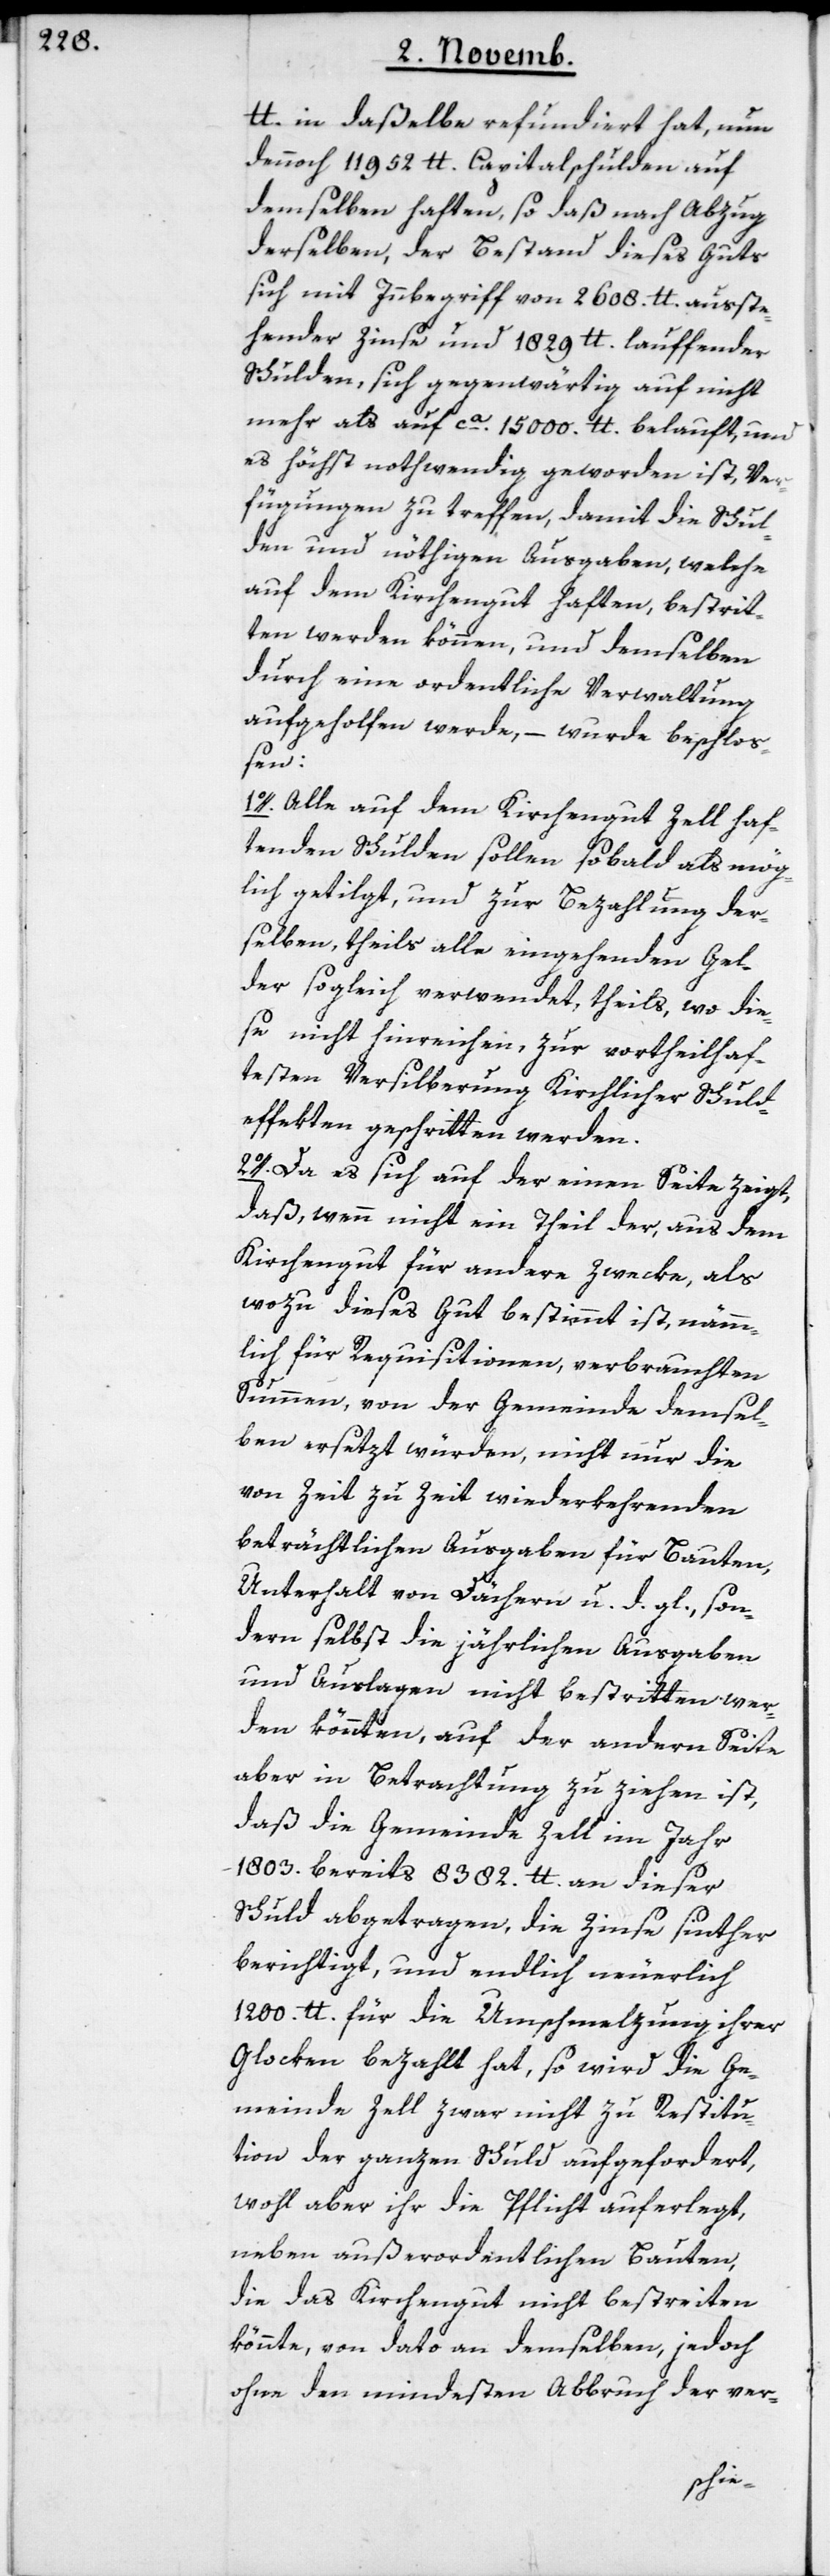
lb. in daßelbe refundiert hat, nun
dennoch 11952 lb. Capitalschulden auf
demselben haften, so daß nach Abzug
derselben, der Bestand dieses Guts
sich mit Innbegriff von 2608. lb. ausste¬
hender Zinse und 1829 lb. lauffender
Schulden, sich gegenwärtig auf nicht
mehr als auf ca. 15'000 lb. belauft, und
es höchst nothwendig geworden ist, Ver¬
fügungen zu treffen, damit die Schul¬
den und nöthigen Ausgaaben, welche
auf dem Kirchengut haften, bestrit¬
ten werden können, und demselben
durch eine ordentliche Verwaltung
aufgeholfen werde, – wurde beschloß¬
en:
1o. Alle auf dem Kirchengut Zell haf¬
tenden Schulden sollen sobald als mög¬
lich getilgt, und zur Bezahlung der¬
selben, theils alle eingehenden Gel¬
der sogleich verwendet, theils wo die¬
se nicht hinreichen, zur vortheilhaf¬
testen Versilberung Kirchlicher Schuld¬
effekten geschritten werden.
2o. Da es sich auf der einen Seite zeigt,
daß, wenn nicht ein Theil der, aus dem
Kirchengut für andere Zwecke, als
wozu dieses Gut bestimmt ist, nämm¬
lich für Requisitionen, verbrauchten
Summen, von der Gemeinde demsel¬
ben ersetzt würden, nicht nur die
von Zeit zu Zeit wiederkehrenden
beträchtlichen Ausgaben für Bauten,
Unterhalt von Dächern u. d. gl., son¬
dern selbst die jährlichen Ausgaben
und Auslagen nicht bestritten wer¬
den könnten, auf der andern Seite
aber in Betrachtung zu ziehen ist,
daß die Gemeinde Zell im Jahr
1803. bereits 8382. lb. an dieser
Schuld abgetragen, die Zinse sinther
berichtigt, und endlich neuerlich
1200. lb. für die Umschmelzung ihrer
Glocken bezahlt hat, so wird die Ge¬
meinde Zell zwar nicht zu Restitu¬
tion der ganzen Schuld aufgefordert,
wohl aber ihr die Pflicht auferlegt,
neben außerordentlichen Bauten,
die das Kirchengut nicht bestreiten
könnte, von dato an demselben, jedoch
ohne den mindesten Abbruch der ver-